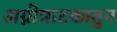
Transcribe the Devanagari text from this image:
अग्नीत्राटकातुन